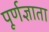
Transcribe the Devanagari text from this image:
पूर्णज्ञाता